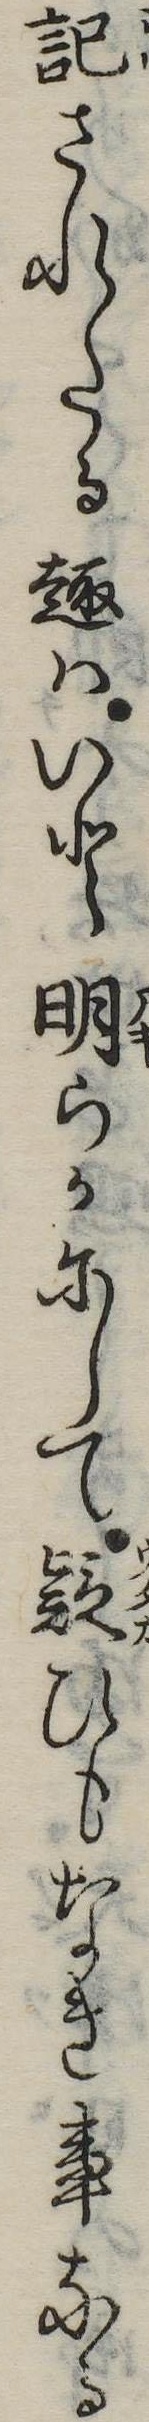
記されたる趣はいと明らかにして疑ひもなき事なる